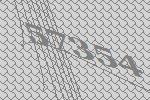
57354